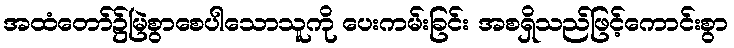
အထံတော်၌မြဲစွာစေပါသောသူကို ပေးကမ်းခြင်း အစရှိသည်ဖြင့်ကောင်းစွာ